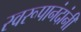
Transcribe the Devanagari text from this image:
स्वरूपानंदांनी